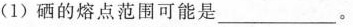
(1)硒的熔点范围可能是______。